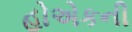
હોએકની